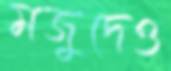
মজুদেও